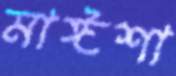
মাঈশা